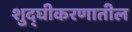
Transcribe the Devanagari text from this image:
शुद्घीकरणातील